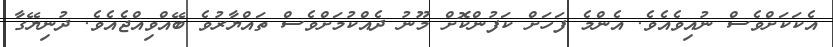
އެކަކަށްވެސް ނުއިވެއެވެ. އެންމެ ފަހަށް ކަފުންކޮށް މޫނު ދެއްކުމަށްވެސް ތައްޔާރުވެ ބޭއްވިއްޖެއެވެ. ދުނިޔޭގާ